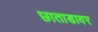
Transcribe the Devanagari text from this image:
छाताडावर